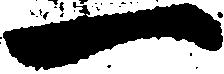
一